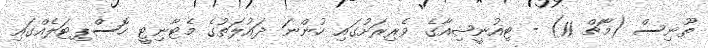
ތޫނިސް (މާޗް 11) - ޓިއުނީޝިއާގެ ވެރިރަށުގައި ހުންނަ ދައުލަތުގެ މެޓާނިޓީ ހޮސްޕިޓަލެއްގައި